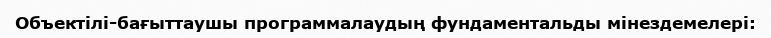
Объектілі-бағыттаушы программалаудың фундаментальды мінездемелері: